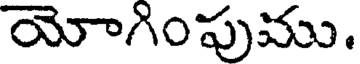
యోగింపుము.